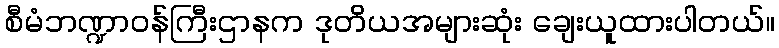
စီမံဘဏ္ဍာဝန်ကြီးဌာနက ဒုတိယအများဆုံး ချေးယူထားပါတယ်။